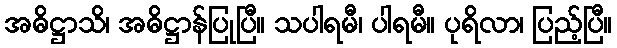
အဓိဋ္ဌာသိ၊ အဓိဋ္ဌာန်ပြုပြီ။ သပါရမီ၊ ပါရမီ။ ပုရိလာ၊ ပြည့်ပြီ။